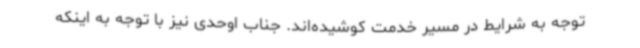
توجه به شرایط در مسیر خدمت کوشیده‌اند. جناب اوحدی نیز با توجه به اینکه